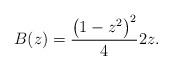
LaTeX: \begin{gather*} B(z)=\frac{\big( 1-z^{2}\big) ^{2}}{4}2z.\end{gather*}